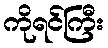
ကိုရင်ကြီး